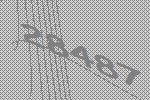
28487